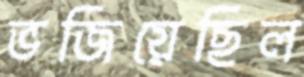
ভজিয়েছিল